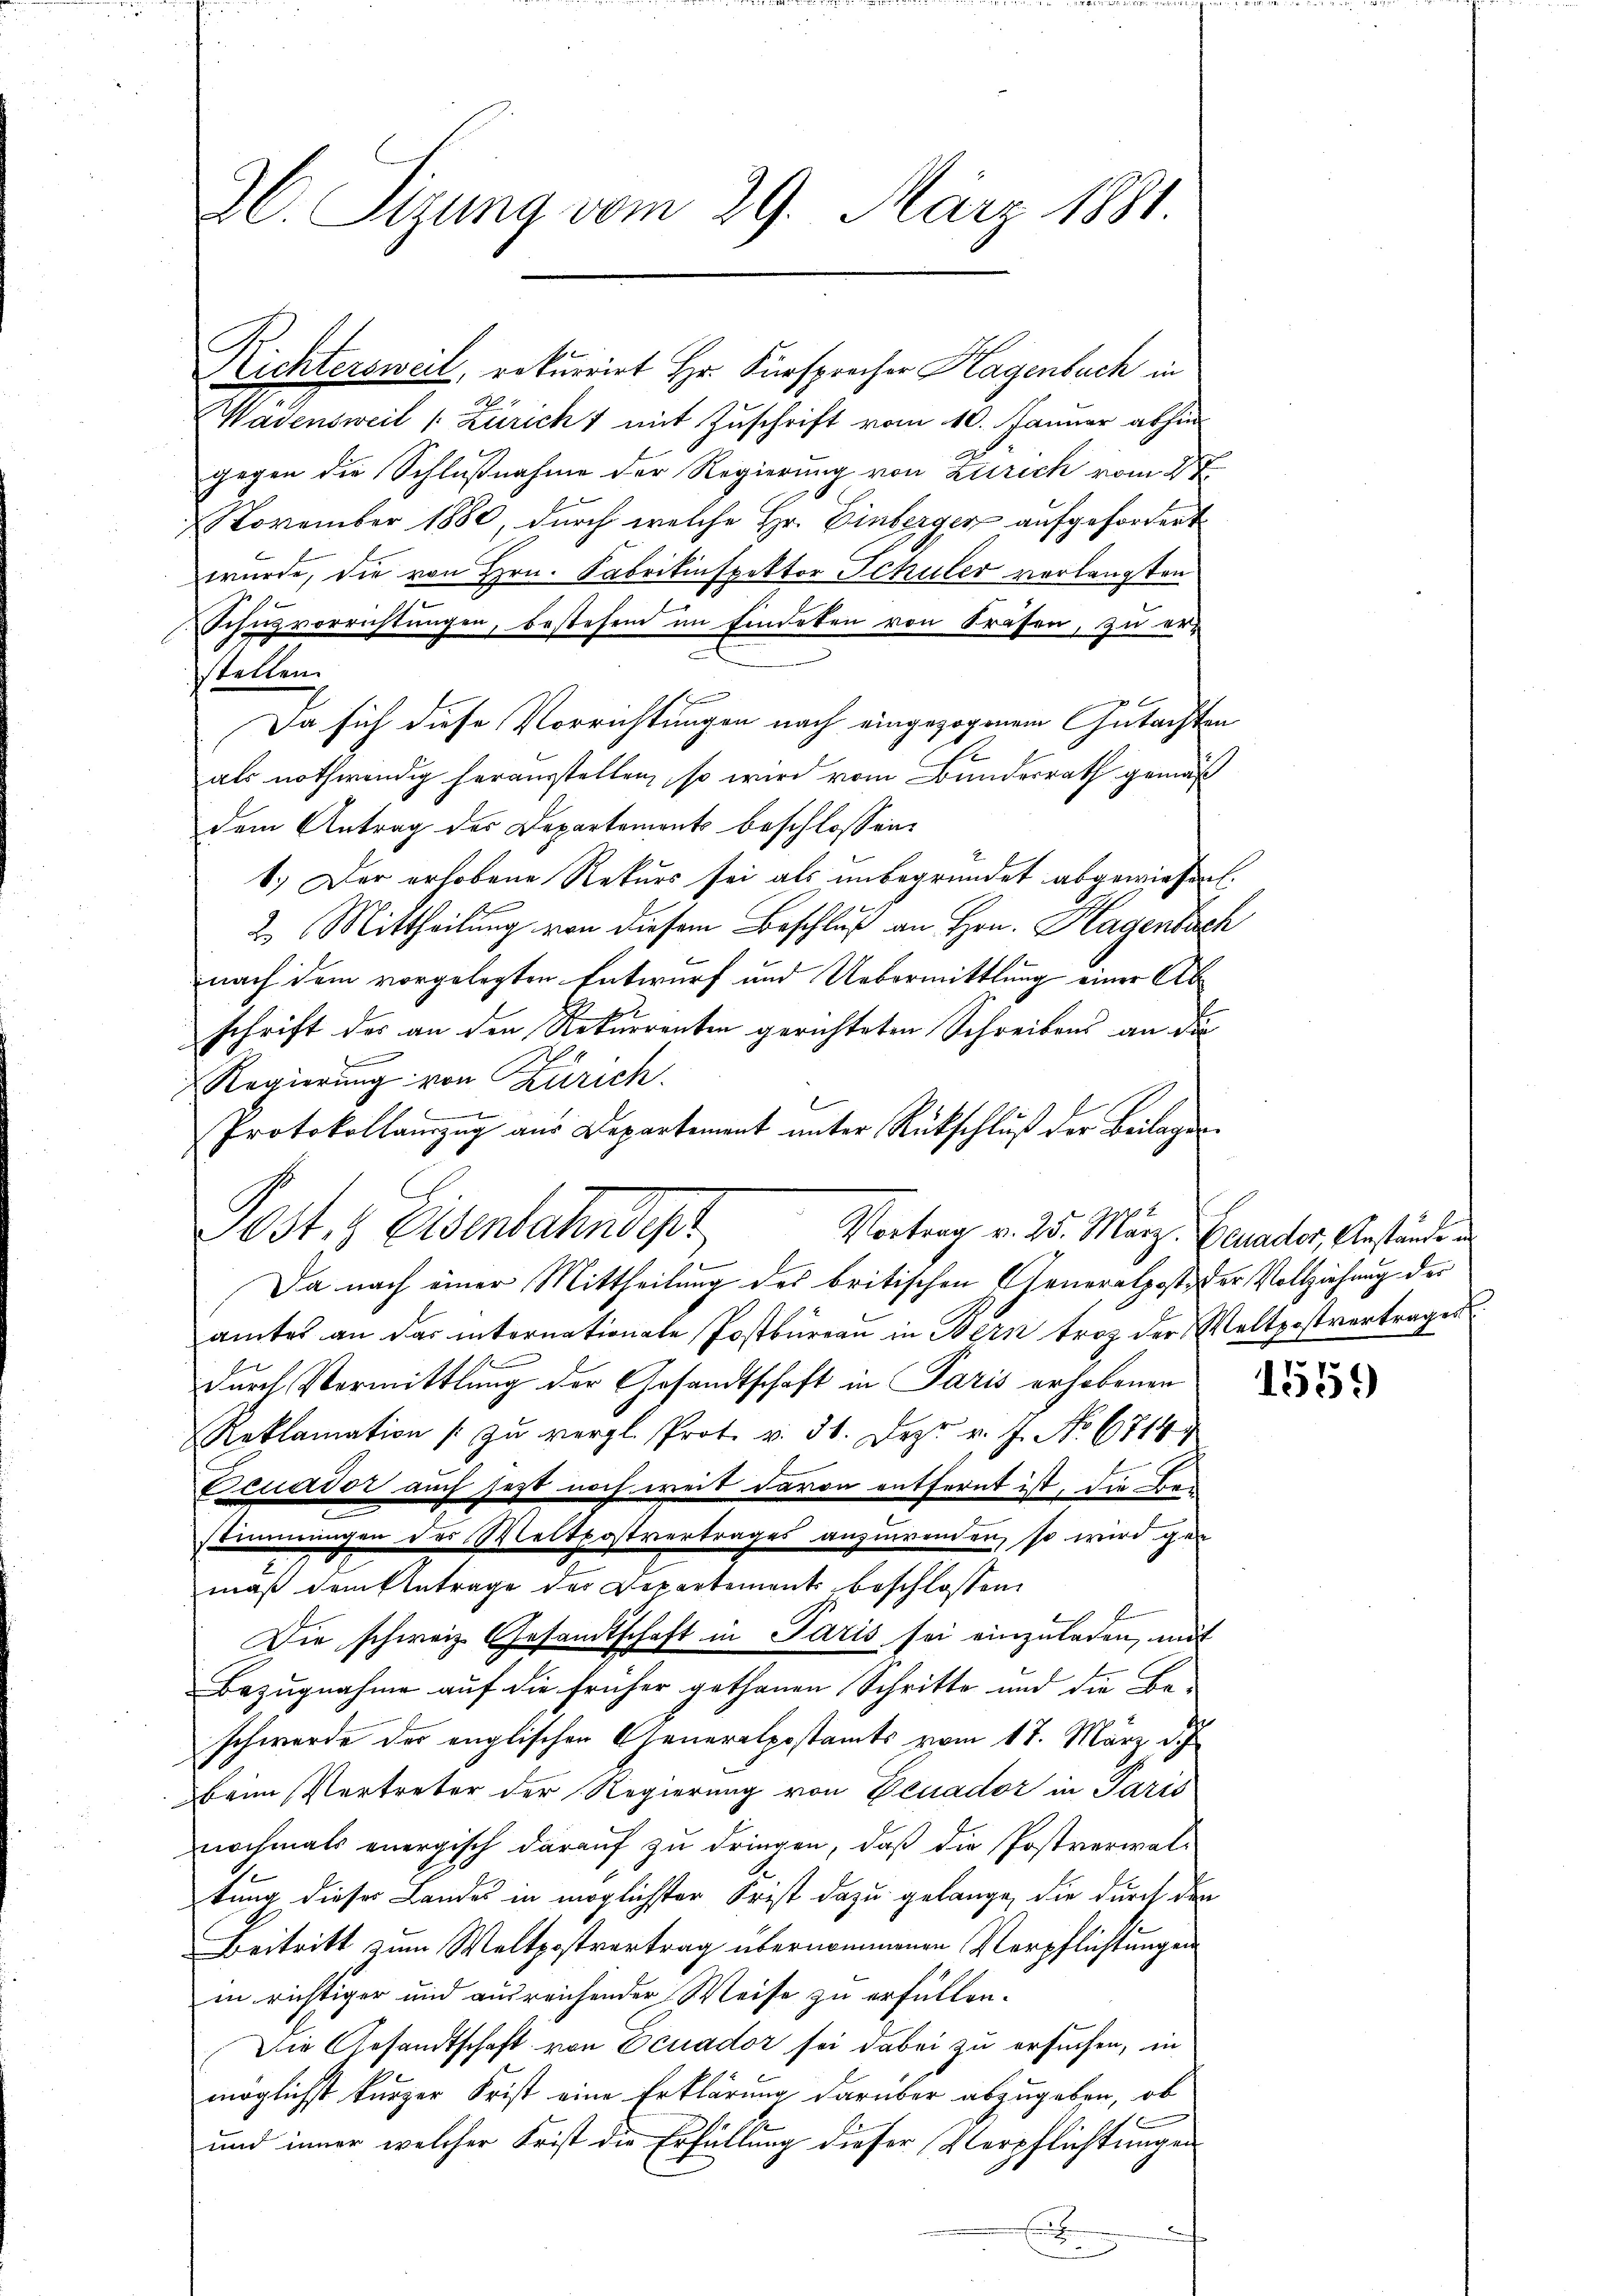
AC. Sizung vom 29. März 1881.

Richtersweil, rekurrirt Hr. Fürsprocher Hagenbuch in
Wädensweil (: Züricht mit Zuschrift vom 10. Januar abhin
gegen die Schlußnahme der Regierung von Zürich vom 2t
November 1880, durch welche Hr. Einberger aufgefordert
wurde, die von Hrn. Fabrikinspektor Schuler verlangten
n
Sihnzvorrichtungen, bestehen im findeten von Präsen, zu erstellen.
Da sich diese Vorrichtungen nach eingezogenem Gutachten
1
als nothwendig herausstellen, so wird vom Bundesrath gemäß
dem Antrag des Departements beschlossen:
1.) Der erhobene Rekurs sei als unbegründet abgewiesen.
2.) Mittheilung von diesem Beschluß an Hrn. Hagenbach
w
nach dem vorgelegten Entwurf und Uebermittlung einer Abschrift des an den Rekurrenten gerichteten Schreibens an die
2
Regierung von Zürich.
E

Protokollauszug aus Departement unter Rückschluß der Beilagen
Da nach einer Mittheilung des britischen Generalpost der Vollziehung der
amtes an das internationale Postbureau in Bern trotz der Weltpostvertrages
durch Vermittlung der Gesandtschaft in Paris erhobenen
Reklamation zŭ vergl. Prot. v. 31. Dez. v. J. No 6714.
Ecuador auch jezt noch weit davon entfernt ist, die Besommungen der Weltpostvertrages anzuwenden, so wird gen
mäß dem Betrage der Departements beschlossen,
Die schweiz. Gesandtschaft in Paris sei einzŭladen, mit
Bezugnahme auf die früher gethanen Schritte und die Be-
schwerde der englischen Generalpostamts vom 17. März d. J.
beim Vertreter der Regierung von Benador in Paris
nochmals energisch darauf zu dringen, daß die Postverwal-
tung dieses Landes in möglichster Frist dazu gelange, die durch den
Beitritt zum Weltpostvertrag übernommenen Verpflichtungen
in richtiger und ausreichender Weise zu erfüllen.
Die Gesandtschaft von Ecuador sei dabei zu ersuchen, in
möglichst kurzer Frist eine Erklärung darüber abzugeben, ob
und inner welcher Frist die Erfüllung dieser Verpflichtungen

Post. Eisenbahndet,
Vortrag v. 25. März Geuader, Anstände u